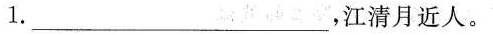
1.___，江清月近人。